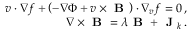
\begin{array} { r } { \boldsymbol { v } \cdot \nabla f + \left( - \nabla \Phi + \boldsymbol { v } \times \textbf { B } \right) \cdot \nabla _ { \boldsymbol { v } } f = 0 \, , } \\ { \nabla \times \textbf { B } = \lambda \textbf { B } + \textbf { J } _ { k } \, . } \end{array}